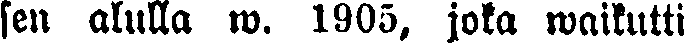
sen alulla w. 1905, joka waikutti